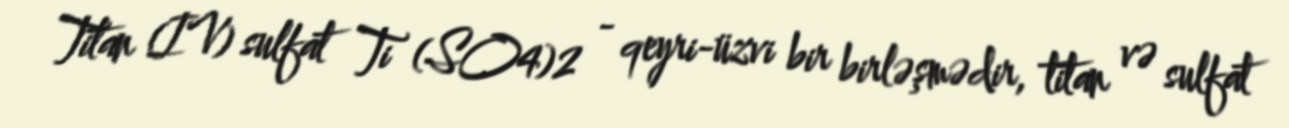
Titan (IV) sulfat Ti (SO4)2 - qeyri-üzvi bir birləşmədir, titan və sulfat